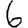
Digit: 6